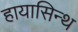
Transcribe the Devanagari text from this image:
हायासिन्थ